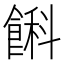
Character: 𩜭